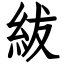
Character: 紱